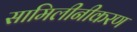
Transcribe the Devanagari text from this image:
सामिलीनीकरण